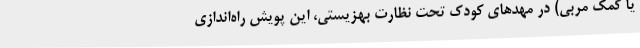
یا کمک مربی) در مهدهای کودک تحت نظارت بهزیستی، این پویش راه‌اندازی